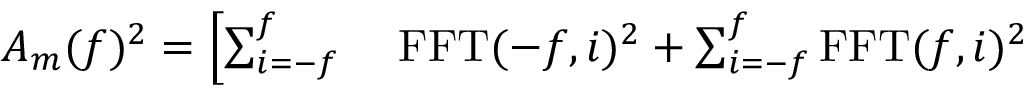
\begin{array} { r l } { A _ { m } ( f ) ^ { 2 } = \left[ \sum _ { i = - f } ^ { f } \right. } & { { } \operatorname { F F T } ( - f , i ) ^ { 2 } + \sum _ { i = - f } ^ { f } \operatorname { F F T } ( f , i ) ^ { 2 } } \end{array}